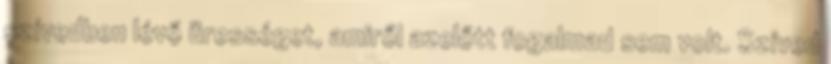
szívedben lévő ürességet, amiről azelőtt fogalmad sem volt. Szíved